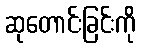
ဆုတောင်းခြင်းကို